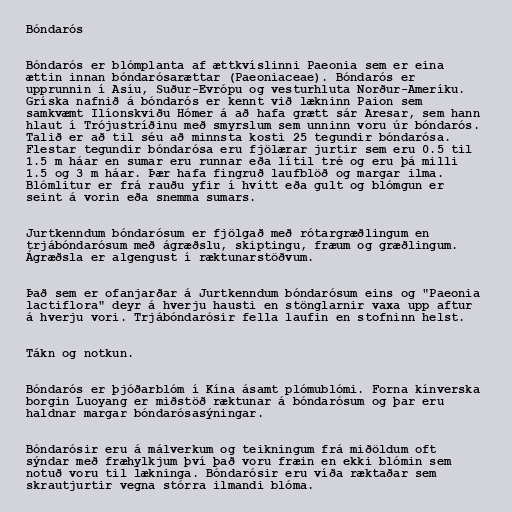
Bóndarós

Bóndarós er blómplanta af ættkvíslinni Paeonia sem er eina
ættin innan bóndarósarættar (Paeoniaceae). Bóndarós er
upprunnin í Asíu, Suður-Evrópu og vesturhluta Norður-Ameríku.
Gríska nafnið á bóndarós er kennt við lækninn Paion sem
samkvæmt Ilíonskviðu Hómer á að hafa grætt sár Aresar, sem hann
hlaut í Trójustríðinu með smyrslum sem unninn voru úr bóndarós.
Talið er að til séu að minnsta kosti 25 tegundir bóndarósa.
Flestar tegundir bóndarósa eru fjölærar jurtir sem eru 0.5 til
1.5 m háar en sumar eru runnar eða lítil tré og eru þá milli
1.5 og 3 m háar. Þær hafa fingruð laufblöð og margar ilma.
Blómlitur er frá rauðu yfir í hvítt eða gult og blómgun er
seint á vorin eða snemma sumars.

Jurtkenndum bóndarósum er fjölgað með rótargræðlingum en
trjábóndarósum með ágræðslu, skiptingu, fræum og græðlingum.
Ágræðsla er algengust í ræktunarstöðvum.

Það sem er ofanjarðar á Jurtkenndum bóndarósum eins og "Paeonia
lactiflora" deyr á hverju hausti en stönglarnir vaxa upp aftur
á hverju vori. Trjábóndarósir fella laufin en stofninn helst.

Tákn og notkun.

Bóndarós er þjóðarblóm í Kína ásamt plómublómi. Forna kínverska
borgin Luoyang er miðstöð ræktunar á bóndarósum og þar eru
haldnar margar bóndarósasýningar.

Bóndarósir eru á málverkum og teikningum frá miðöldum oft
sýndar með fræhylkjum því það voru fræin en ekki blómin sem
notuð voru til lækninga. Bóndarósir eru víða ræktaðar sem
skrautjurtir vegna stórra ilmandi blóma.